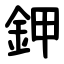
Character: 鉀